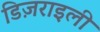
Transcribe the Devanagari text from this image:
डिज़राइली